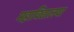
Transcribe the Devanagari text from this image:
महाविद्यालया